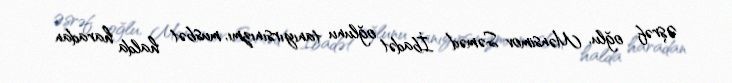
Əşrəf oğlu, Mənsimov Səməd İbadət oğlunu tanıyırsınızmı, musbət halda haradan